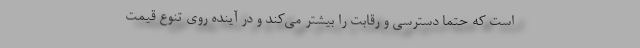
است که حتما دسترسی و رقابت را بیشتر می‌کند و در آینده روی تنوع قیمت